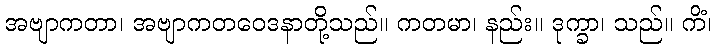
အဗျာကတာ၊ အဗျာကတဝေဒနာတို့သည်။ ကတမာ၊ နည်း။ ဒုက္ခာ၊ သည်။ ကိံ၊